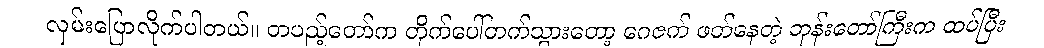
လှမ်းပြောလိုက်ပါတယ်။ တပည့်တော်က တိုက်ပေါ်တက်သွားတော့ ဂေဇက် ဖတ်နေတဲ့ ဘုန်းတော်ကြီးက ထပ်ပြီး